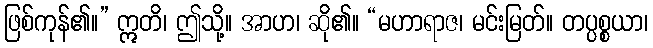
ဖြစ်ကုန်၏။” ဣတိ၊ ဤသို့။ အာဟ၊ ဆို၏။ “မဟာရာဇ၊ မင်းမြတ်။ တပ္ပစ္စယာ၊